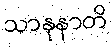
သာနုနာတိ